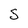
Character: 5